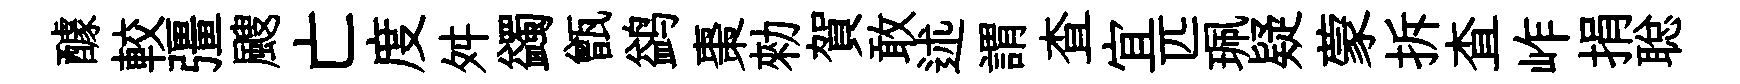
醵較彊颼亡度舛蠲甑鹢棗勑賀敢述謂查宜匹珮疑蒙拆查岞捐聪